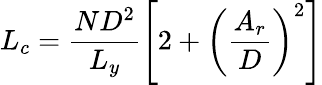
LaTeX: L_{c}=\frac{ND^{2}}{L_{y}}\left[2+\left(\frac{A_{r}}{D}\right)^{2}\right]